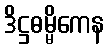
ဒိဋ္ဌဓမ္မိကေန